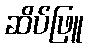
ဆိပ်ဖြူ